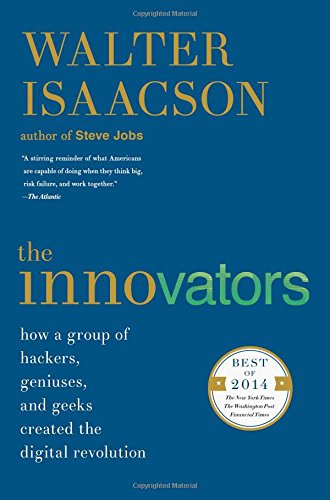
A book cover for The Innovators: How a Group of Hackers, Geniuses, and Geeks Created the Digital Revolution; Walter Isaacson; Engineering & Transportation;